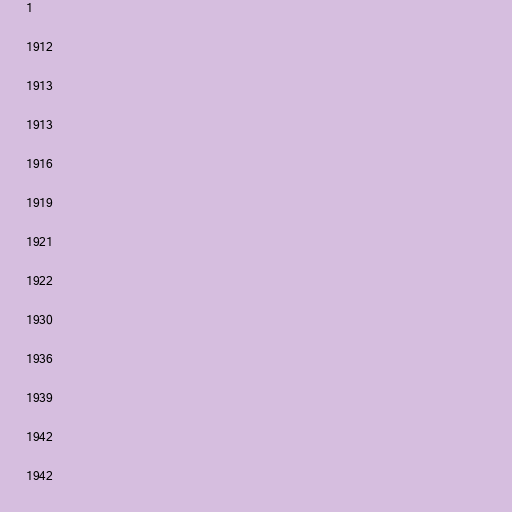
1

1912

1913

1913

1916

1919

1921

1922

1930

1936

1939

1942

1942